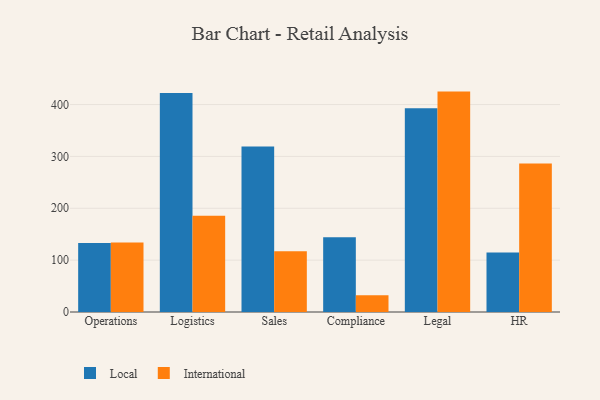
{"axis": {"x": "Department", "y": "Population (Million)"}, "legend": ["International", "Local"], "data": [{"x": "Operations", "y": 133.0, "type": "Local"}, {"x": "Operations", "y": 133.9, "type": "International"}, {"x": "Logistics", "y": 422.4, "type": "Local"}, {"x": "Logistics", "y": 185.4, "type": "International"}, {"x": "Sales", "y": 319.1, "type": "Local"}, {"x": "Sales", "y": 117.2, "type": "International"}, {"x": "Compliance", "y": 144.0, "type": "Local"}, {"x": "Compliance", "y": 32.5, "type": "International"}, {"x": "Legal", "y": 392.7, "type": "Local"}, {"x": "Legal", "y": 425.0, "type": "International"}, {"x": "HR", "y": 114.6, "type": "Local"}, {"x": "HR", "y": 286.3, "type": "International"}]}